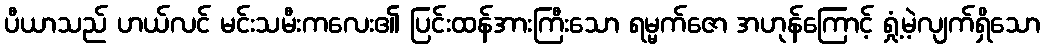
ပီယာသည် ဟယ်လင် မင်းသမီးကလေး၏ ပြင်းထန်အားကြီးသော ရမ္မက်ဇော အဟုန်ကြောင့် ရှုံ့မဲ့လျက်ရှိသော